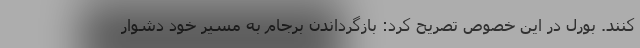
کنند. بورل در این خصوص تصریح کرد: بازگرداندن برجام به مسیر خود دشوار